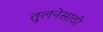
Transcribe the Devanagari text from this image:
तुलनेसाठी